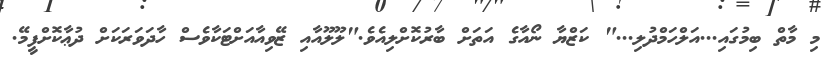
މިި މާތް ބިމުގައި...އަލްހަމްދުލި..." ކަޒްޔާ ނޯއާގެ އަތަށް ބާރުކޮށްލިއެވެ."ލޫލޫއާއި ޒޭވިއާއަށްޓަކާވެސް ހާދަވަރަކަށް ދުޢާކޮށްފީމޭ.